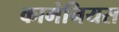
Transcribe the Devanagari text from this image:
कामेनियस